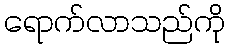
ရောက်လာသည်ကို